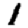
Digit: 1